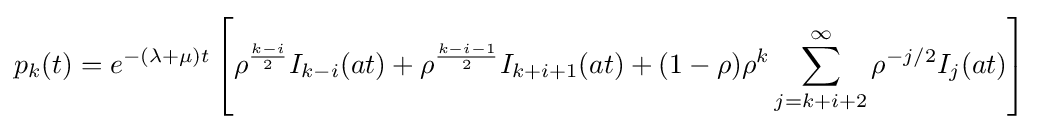
p_{k}(t)=e^{-(\lambda +\mu )t}\left[\rho ^{\frac {k-i}{2}}I_{k-i}(at)+\rho ^{\frac {k-i-1}{2}}I_{k+i+1}(at)+(1-\rho )\rho ^{k}\sum _{j=k+i+2}^{\infty }\rho ^{-j/2}I_{j}(at)\right]